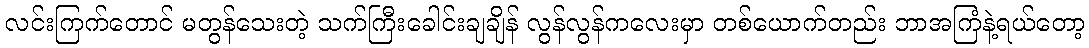
လင်းကြက်တောင် မတွန်သေးတဲ့ သက်ကြီးခေါင်းချချိန် လွန်လွန်ကလေးမှာ တစ်ယောက်တည်း ဘာအကြံနဲ့ရယ်တော့